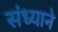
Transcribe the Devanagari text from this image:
संध्याने